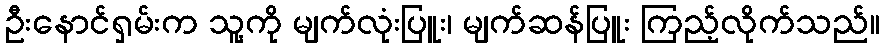
ဦးနောင်ရှမ်းက သူ့ကို မျက်လုံးပြူး၊ မျက်ဆန်ပြူး ကြည့်လိုက်သည်။